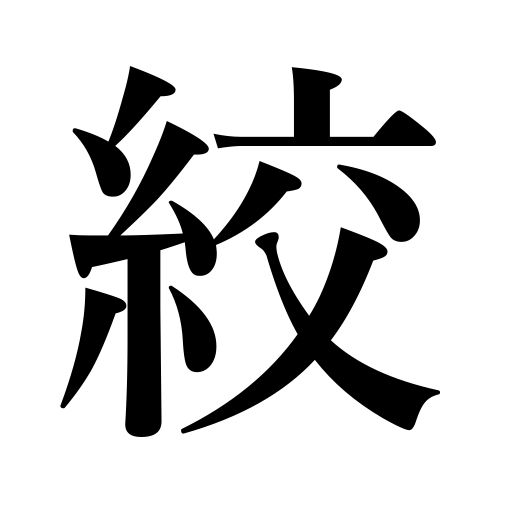
Meanings: extort,close tight,squeeze,extract,wring,constrict,strangle,scold,press,milk